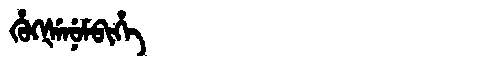
Manchu: ᡥᡠᡴᡧᡝᠨᡠᠮᠪᡳᡥᡝ
Romanization: HUKŠENUMBIHE